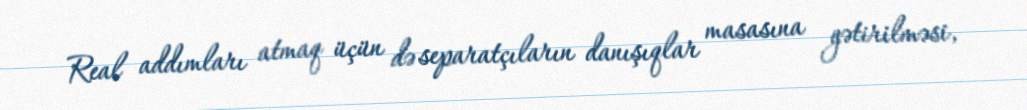
Real addımları atmaq üçün də separatçıların danışıqlar masasına gətirilməsi,